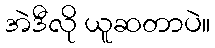
အဲဒီလို ယူဆတာပဲ။